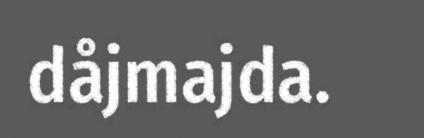
dåjmajda.